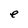
Character: e